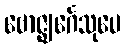
ဗောဇ္ဈင်္ဂေသုပေ